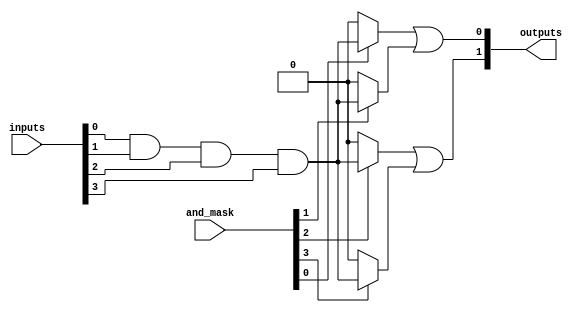
module masked_pal #(
    parameter NUM_INPUTS = 4,      // Number of inputs
    parameter NUM_AND_GATES = 4,   // Number of AND gates
    parameter NUM_OUTPUTS = 2       // Number of outputs
)(
    input wire [NUM_INPUTS-1:0] inputs, // Input variables
    input wire [NUM_AND_GATES-1:0] and_mask, // Mask for AND gates
    output wire [NUM_OUTPUTS-1:0] outputs // Output variables
);

// Internal wires for AND gate outputs
wire [NUM_AND_GATES-1:0] and_outputs;

// Generate AND gates based on the mask
genvar i;
generate
    for (i = 0; i < NUM_AND_GATES; i = i + 1) begin : and_gate
        // Each AND gate output is determined by the corresponding mask
        assign and_outputs[i] = and_mask[i] ? (inputs[0] & inputs[1] & inputs[2] & inputs[3]) : 1'b0; // Example: AND of all inputs
    end
endgenerate

// Fixed OR plane combining the outputs of the AND gates
assign outputs[0] = and_outputs[0] | and_outputs[1]; // Example: OR of first two AND gates
assign outputs[1] = and_outputs[2] | and_outputs[3]; // Example: OR of last two AND gates

endmodule